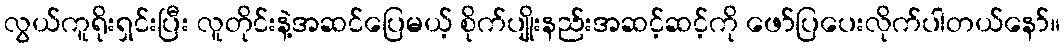
လွယ်ကူရိုးရှင်းပြီး လူတိုင်းနဲ့အဆင်ပြေမယ့် စိုက်ပျိုးနည်းအဆင့်ဆင့်ကို ဖော်ပြပေးလိုက်ပါတယ်နော်။